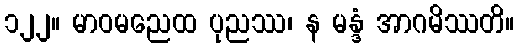
၁၂၂။ မာဝမညေထ ပုညဿ၊ န မန္ဒံ အာဂမိဿတိ။